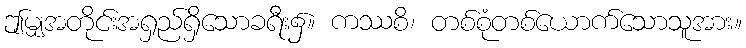
ဤမျှအတိုင်းအရှည်ရှိသောခရီး၌။ ကဿစိ၊ တစ်စုံတစ်ယောက်သောသူအား။